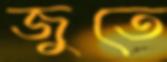
জুতে